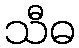
သီဓ